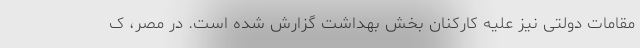
مقامات دولتی نیز علیه کارکنان بخش بهداشت گزارش شده است. در مصر، ک